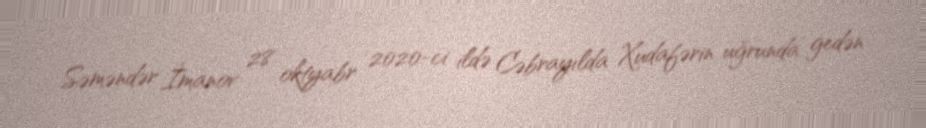
Səməndər İmanov 28 oktyabr 2020-ci ildə Cəbrayılda Xudafərin uğrunda gedən